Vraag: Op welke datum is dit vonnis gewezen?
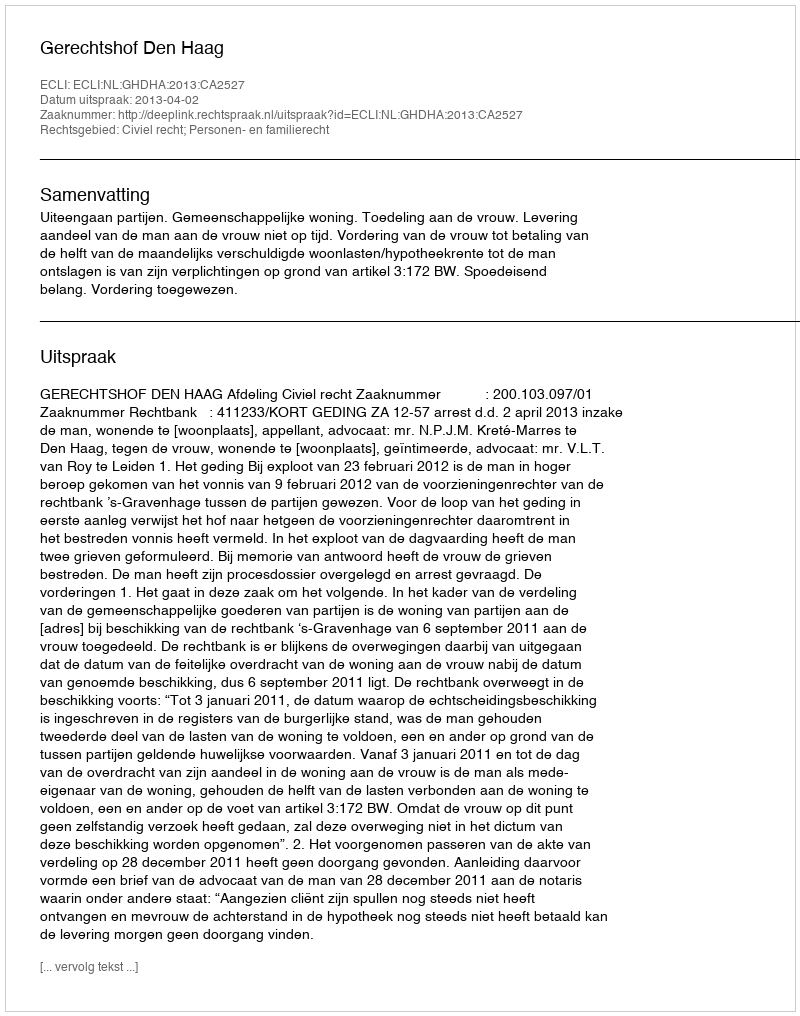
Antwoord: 2013-04-02